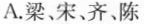
A.梁、宋、齐、陈